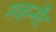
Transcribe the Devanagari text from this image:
गव्हर्न्मेंट